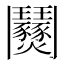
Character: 𩰟